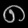
Digit: ၈